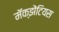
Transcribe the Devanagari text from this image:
मॅक्झेंटियस